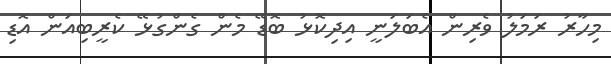
މިހާރު ރަމަލު ވެރިން އެބަލަނީ އިދިކޮޅު ބޮޑޭ މެން ގެންގުޅޭ ކެރީބިއަން އޮޑި